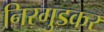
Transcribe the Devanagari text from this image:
निरगुडकर